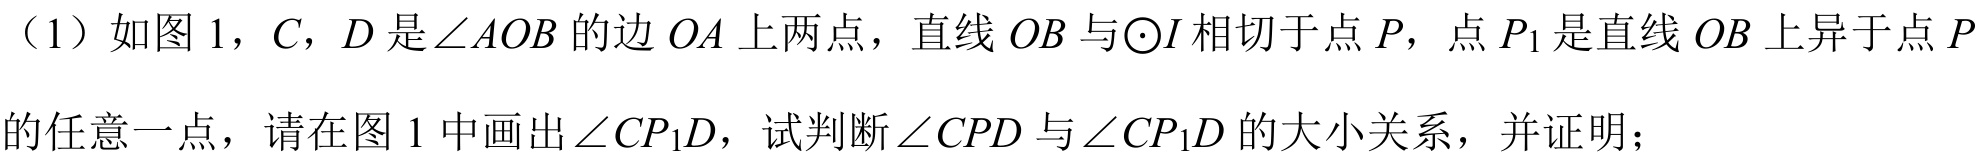
（1）如图1，$C$，$D$是$\angle AOB$的边$OA$上两点，直线$OB$与$\odot I$相切于点$P$，点$P_{1}$是直线$OB$上异于点$P$的任意一点，请在图1中画出$\angle CP_{1}D$，试判断$\angle CPD$与$\angle CP_{1}D$的大小关系，并证明；